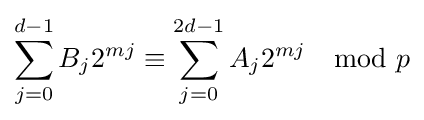
\sum _{j=0}^{d-1}B_{j}2^{mj}\equiv \sum _{j=0}^{2d-1}A_{j}2^{mj}\mod p